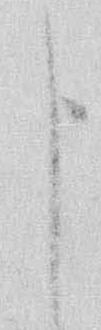
申